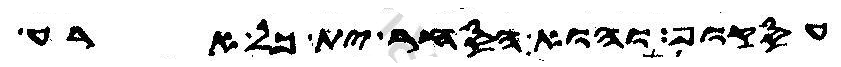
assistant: עסקוף והוא הסחר ית כל ארע